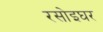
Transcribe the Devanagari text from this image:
रसोइघर